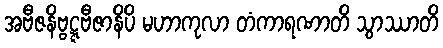
အဗီဇနိဗ္ဗဋ္ဋဗီဇာနိပိ မဟာကုလာ တံကာရဏာတိ သွာဿာတိ